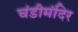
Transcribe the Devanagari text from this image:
चंडीमंदिर